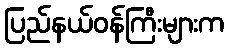
ပြည်နယ်ဝန်ကြီးများက